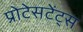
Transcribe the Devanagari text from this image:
प्रोटेसटेंट्स